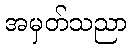
အမှတ်သညာ